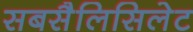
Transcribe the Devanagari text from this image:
सबसैलिसिलेट